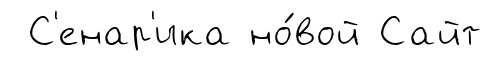
С'енар'ика но́вой Сайт